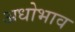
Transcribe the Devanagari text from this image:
अधोभाव